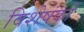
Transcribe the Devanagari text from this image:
विशेषंकों